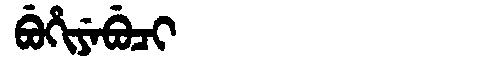
Manchu: ᠪᡠᡥᡳᠶᡝᠪᡠᠴᡳ
Romanization: BUHIYEBUCI